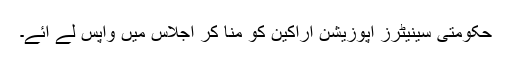
حکومتی سینیٹرز اپوزیشن اراکین کو منا کر اجلاس میں واپس لے آئے۔